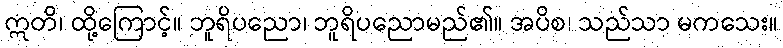
ဣတိ၊ ထို့ကြောင့်။ ဘူရိပညော၊ ဘူရိပညောမည်၏။ အပိစ၊ သည်သာ မကသေး။